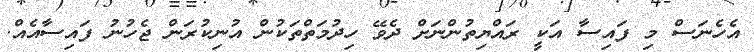
އެހެނަސް މި ފައިސާ އަކީ ރައްޔިތުންނަށް ދެވޭ ހިދުމަތްތަކުން އުނިކުރަން ޖެހުނު ފައިސާއެއް.